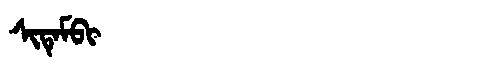
Manchu: ᠰᡳᡨᡝᠮᠪᡳ
Romanization: SITEMBI